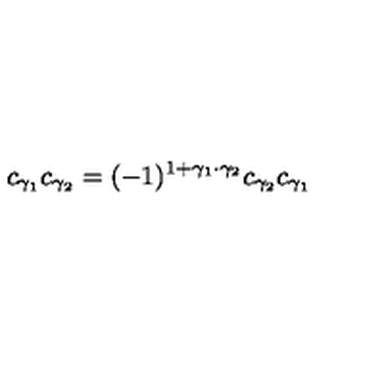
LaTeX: c _ { \gamma _ { 1 } } c _ { \gamma _ { 2 } } = ( - 1 ) ^ { 1 + \gamma _ { 1 } \cdot \gamma _ { 2 } } c _ { \gamma _ { 2 } } c _ { \gamma _ { 1 } }